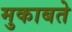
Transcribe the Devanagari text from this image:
मुकाबते